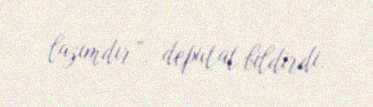
lazımdır”, deputat bildirdi.